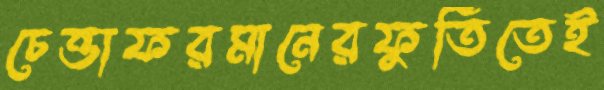
চেত্তাফরমানেরফুর্তিতেই